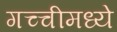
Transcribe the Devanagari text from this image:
गच्चीमध्ये